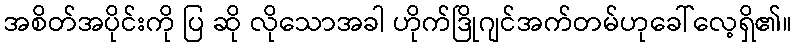
အစိတ်အပိုင်းကို ပြ ဆို လိုသောအခါ ဟိုက်ဒြိုဂျင်အက်တမ်ဟုခေါ်လေ့ရှိ၏။